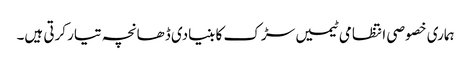
ہماری خصوصی انتظامی ٹیمیں سڑک کا بنیادی ڈھانچہ تیار کرتی ہیں۔